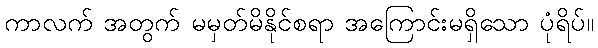
ကာလက် အတွက် မမှတ်မိနိုင်စရာ အကြောင်းမရှိသော ပုံရိပ်။